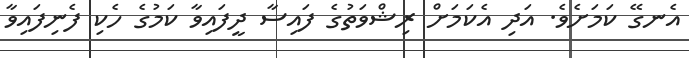
އެނގޭ ކަމަށެވެ. އަދި އެކަމަށް ރިޝްވަތުގެ ފައިސާ ދީފައިވާ ކަމުގެ ހެކި ފެނިފައިވާ